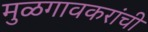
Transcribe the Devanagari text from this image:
मुळगावकरांची